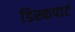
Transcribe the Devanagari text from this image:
डिस्कपार्ट